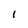
Character: 1